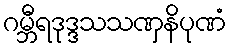
ဂမ္ဘီရဒုဒ္ဒသသဏှနိပုဏံ